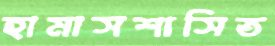
হামাসশাসিত